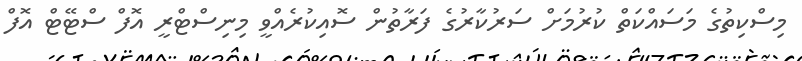
މިސްކިތުގެ މަސައްކަތް ކުރުމަށް ސަރުކާރުގެ ފަރާތުން ސޮއިކުރެއްވީ މިނިސްޓްރީ އޮފް ސްޓޭޓް އޮފް